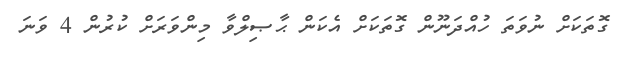
ގޮތަކަށް ނުވަތަ ހުއްދަނޫން ގޮތަކަށް އެކަން ޙާޞިލްވާ މިންވަރަށް ކުރުން 4 ވަނަ